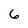
Character: 6